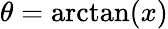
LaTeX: \theta=\arctan(x)